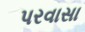
પરવાસા